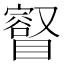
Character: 𥋩